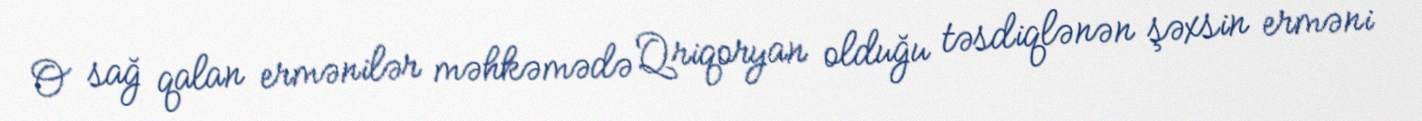
O sağ qalan ermənilər məhkəmədə Qriqoryan olduğu təsdiqlənən şəxsin erməni